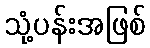
သုံ့ပန်းအဖြစ်